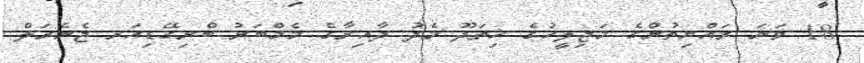
18 ވަނަ ރައްޔިތުންގެ މަޖިލީހުގެ ހިތަދޫ މެދު ދާއިރާގެ މެމްބަރު ބްރިގޭޑިއަރ ޖެނެރަލް